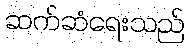
ဆက်ဆံရေးသည်